Leaving Certificate Examination, 1908
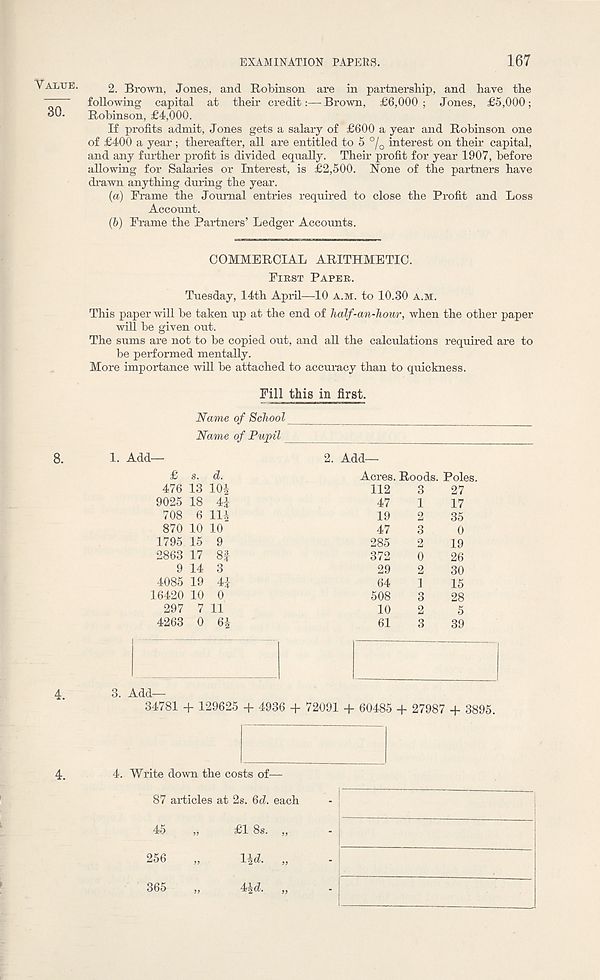
EXAMINATION PAPERS.
167
Value.
30.
8.
2. Brown, Jones, and Robinson are in partnership, and have the
following capital at their credit:—Brown, £6,000; Jones, £5,000;
Robinson, £4,000.
If profits admit, Jones gets a salary of £600 a year and Robinson one
of £400 a year ; thereafter, all are entitled to 5 °/ 0 interest on their capital,
and any further profit is divided equally. Their profit for year 1907, before
allowing for Salaries or Interest, is £2,500. None of the partners have
drawn anything during the year.
(a) Frame the Journal entries required to close the Profit and Loss
Account.
(b) Frame the Partners’ Ledger Accounts.
COMMERCIAL ARITHMETIC.
First Paper.
Tuesday, 14th April—10 a.m. to 10.30 A.M.
This paper will be taken up at the end of half-an-hour, when the other paper
will be given out.
The sums are not to be copied out, and all the calculations required are to
be performed mentally.
More importance will be attached to accuracy than to quickness.
Fill this in first.
Name of School
Name of Pupil
1. Add—
£ s. d.
476 13 10i
9025 18 4J
708 6 Hi
870 10 10
1795 15 9
2863 17 8£
9 14 3
4085 19 4i
16420 10 0
297 7 11
4263 0 6i
2. Add-
Acres. Roods. Poles.
112 3 27
47 1 17
19 2 35
47 3 0
285 2 19
372 0 26
29 2 30
64 1 15
508 3 28
10 2 5
61 3 39
3. Add-
34781 + 129625 + 4936 + 72091 + 60485 + 27987 + 3895.
4. Write down the costs of—
87 articles at 2s. 6d. each
45 „ £1 8s. „
256 „
lid. „
365 „
4id. „
4.